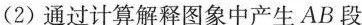
(2)通过计算解释图象中产生AB段